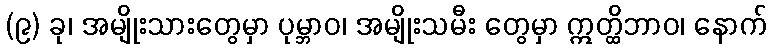
(၉) ခု၊ အမျိုးသားတွေမှာ ပုမ္ဘာဝ၊ အမျိုးသမီး တွေမှာ ဣတ္ထိဘာဝ၊ နောက်